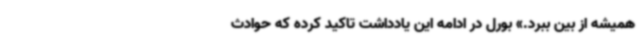
همیشه از بین ببرد.» بورل در ادامه این یادداشت تاکید کرده که حوادث